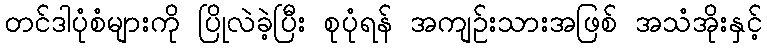
တင်ဒါပုံစံများကို ပြိုလဲခဲ့ပြီး စုပုံရန် အကျဉ်းသားအဖြစ် အသံအိုးနှင့်